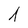
Character: 1